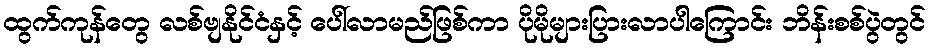
ထွက်ကုန်တွေ လစ်ဗျနိုင်ငံနှင့် ပေါ်လာမည်ဖြစ်ကာ ပိုမိုများပြားလာပါကြောင်း ဘိန်းစစ်ပွဲတွင်